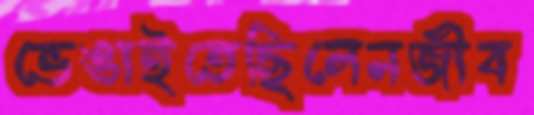
ভেঙাইতেছিলেনজীব